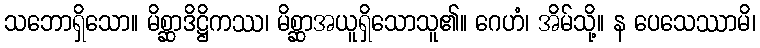
သဘောရှိသော။ မိစ္ဆာဒိဋ္ဌိကဿ၊ မိစ္ဆာအယူရှိသောသူ၏။ ဂေဟံ၊ အိမ်သို့။ န ပေသေဿာမိ၊